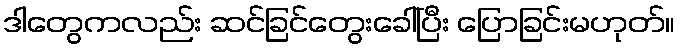
ဒါတွေကလည်း ဆင်ခြင်တွေးခေါ်ပြီး ပြောခြင်းမဟုတ်။